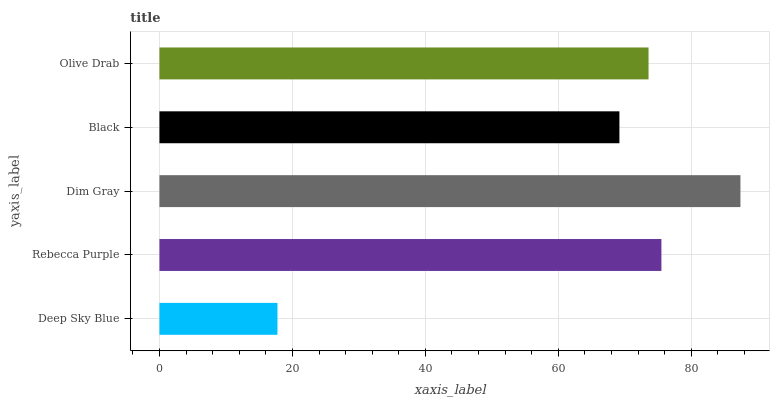
| yaxis_label | bars |
 | --- | --- |
 | Deep Sky Blue | 17.8 |
 | Rebecca Purple | 75.5 |
 | Dim Gray | 87.4 |
 | Black | 69.2 |
 | Olive Drab | 73.6 |